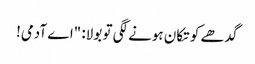
گدھے کو تکان ہونے لگی تو بولا: "اے آدمی!